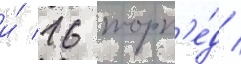
и́ 16 торп'е́д /